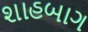
શાહબાગ